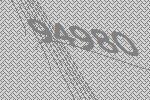
94980